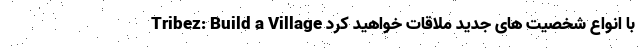
Tribez: Build a Village با انواع شخصیت های جدید ملاقات خواهید کرد